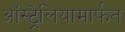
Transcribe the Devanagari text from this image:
ऑस्ट्रेलियामार्फत